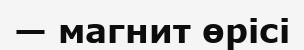
— магнит өрісі